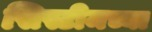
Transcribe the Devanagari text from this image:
सिस्टीमच्या